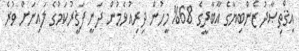
އިޤްތިޞާދު ޒެންބިޔާގެ އާބާދީގެ 68% މީހުން ދިރިއުޅެމުން ދަނީ ފަޤީރުކަމުގެ ލައިނަށް ވުރެ